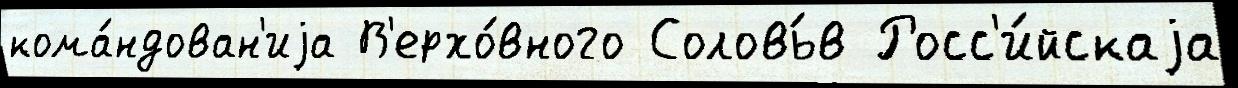
кома́ндован'иjа В'ерхо́вного Соловь́в Росс'и́йскаjа